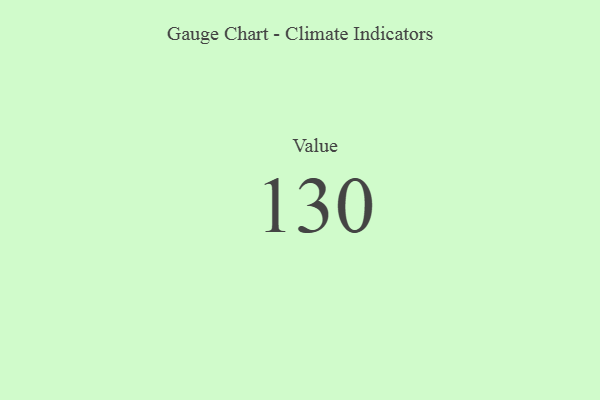
{"axis": {"x": "Metric", "y": "Value"}, "legend": [""], "data": [{"x": "Value", "y": 130, "type": ""}]}